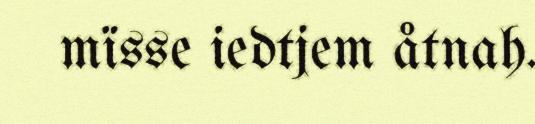
mïsse iedtjem åtnah.